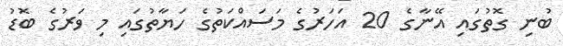
ބުނި ގޮތުގައި އޭނާގެ 20 އަހަރުގެ މަސައްކަތުގެ ހަޔާތުގައި މި ވަރުގެ ބޮޑު